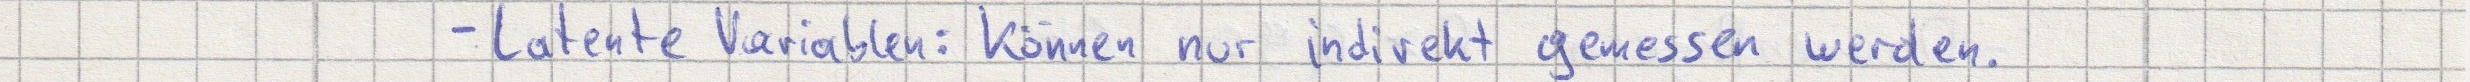
- latente Variablen: können nur indirekt gemessen werden.